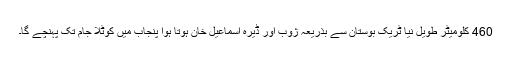
460 کلومیٹر طویل نیا ٹریک بوستان سے بذریعہ ژوب اور ڈیرہ اسماعیل خان ہوتا ہوا پنجاب میں کوٹلا جام تک پہنچے گا۔